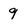
Character: 9